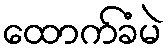
ထောက်ခံမဲ